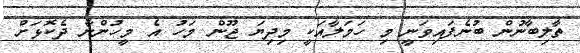
ތާލިބާނުން ބުނެފައިވަނީ މި ހަމަލާއަކީ މިދިޔަ ޖޫން މަހު އެ މީހުންނާ ދެކޮޅަށް